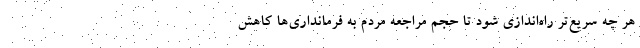
هر چه سریع‌تر راه‌اندازی شود تا حجم مراجعه مردم به فرمانداری‌ها کاهش